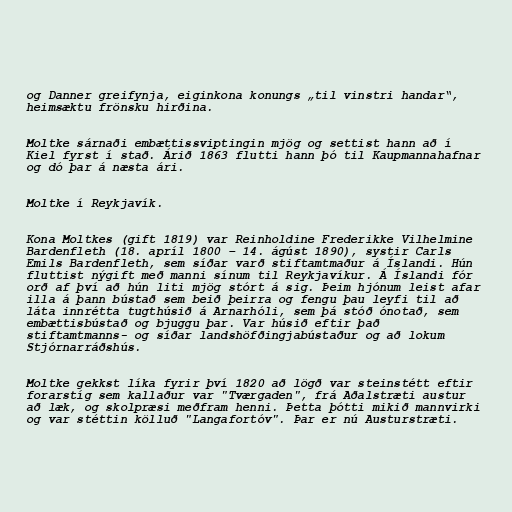
og Danner greifynja, eiginkona konungs „til vinstri handar“,
heimsæktu frönsku hirðina.

Moltke sárnaði embættissviptingin mjög og settist hann að í
Kiel fyrst í stað. Árið 1863 flutti hann þó til Kaupmannahafnar
og dó þar á næsta ári.

Moltke í Reykjavík.

Kona Moltkes (gift 1819) var Reinholdine Frederikke Vilhelmine
Bardenfleth (18. apríl 1800 – 14. ágúst 1890), systir Carls
Emils Bardenfleth, sem síðar varð stiftamtmaður á Íslandi. Hún
fluttist nýgift með manni sínum til Reykjavíkur. Á Íslandi fór
orð af því að hún liti mjög stórt á sig. Þeim hjónum leist afar
illa á þann bústað sem beið þeirra og fengu þau leyfi til að
láta innrétta tugthúsið á Arnarhóli, sem þá stóð ónotað, sem
embættisbústað og bjuggu þar. Var húsið eftir það
stiftamtmanns- og síðar landshöfðingjabústaður og að lokum
Stjórnarráðshús.

Moltke gekkst líka fyrir því 1820 að lögð var steinstétt eftir
forarstíg sem kallaður var "Tværgaden", frá Aðalstræti austur
að læk, og skolpræsi meðfram henni. Þetta þótti mikið mannvirki
og var stéttin kölluð "Langafortóv". Þar er nú Austurstræti.